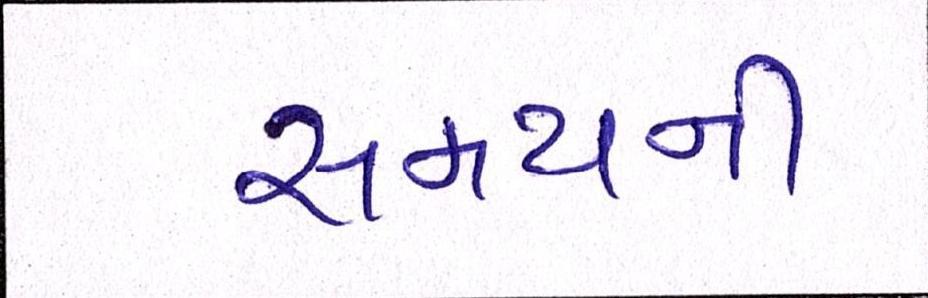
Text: સમયની